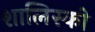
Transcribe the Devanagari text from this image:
शालिस्को